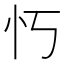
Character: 𫹫